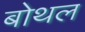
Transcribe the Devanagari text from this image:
बोथल